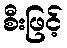
စီးဖြင့်